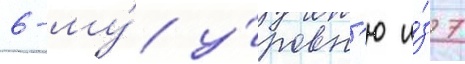
6-му́ у́ровн'ю и́з 7